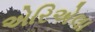
એરિએલા